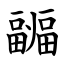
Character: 疈